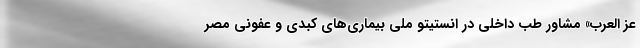
عز العرب» مشاور طب داخلی در انستیتو ملی بیماری‌های کبدی و عفونی مصر